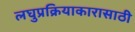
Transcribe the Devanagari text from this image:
लघुप्रक्रियाकारासाठी